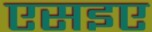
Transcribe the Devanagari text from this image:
एसइए